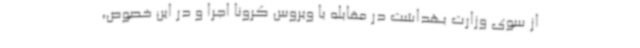
از سوی وزارت بهداشت در مقابله با ویروس کرونا اجرا و در این خصوص،